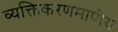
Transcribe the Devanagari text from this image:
व्यक्तिकरणमापीय